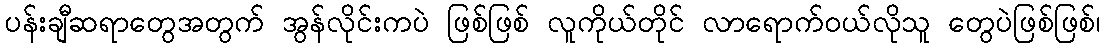
ပန်းချီဆရာတွေအတွက် အွန်လိုင်းကပဲ ဖြစ်ဖြစ် လူကိုယ်တိုင် လာရောက်ဝယ်လိုသူ တွေပဲဖြစ်ဖြစ်၊